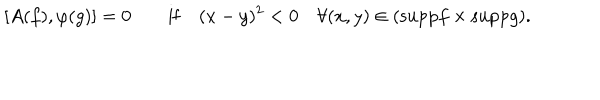
[ A ( f ) , \varphi ( g ) ] = 0 \quad \quad \mathrm { i f } \quad ( x - y ) ^ { 2 } < 0 \quad \forall ( x , y ) \in ( \mathrm { s u p p } f \times \mathrm { s u p p } g ) .